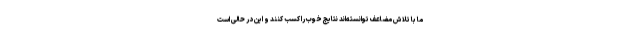
ما با تلاش مضاعف توانسته‌اند نتایج خوب را کسب کنند و این در حالی است